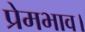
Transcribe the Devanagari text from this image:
प्रेमभाव।